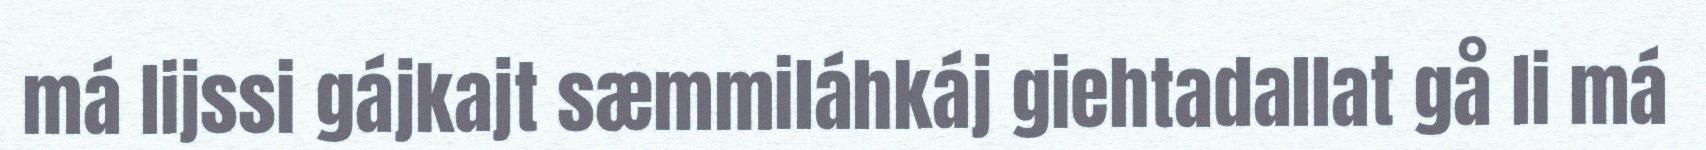
má lijssi gájkajt sæmmiláhkáj giehtadallat gå li má